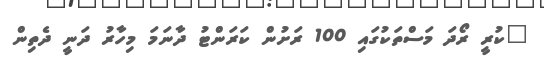
"ކުރީ ރޯދަ މަސްތަކުގައި 100 ރަށުން ކަރަންޓު ދާނަމަ މިހާރު ދަނީ ދެތިން